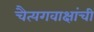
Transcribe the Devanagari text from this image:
चैत्यगवाक्षांची